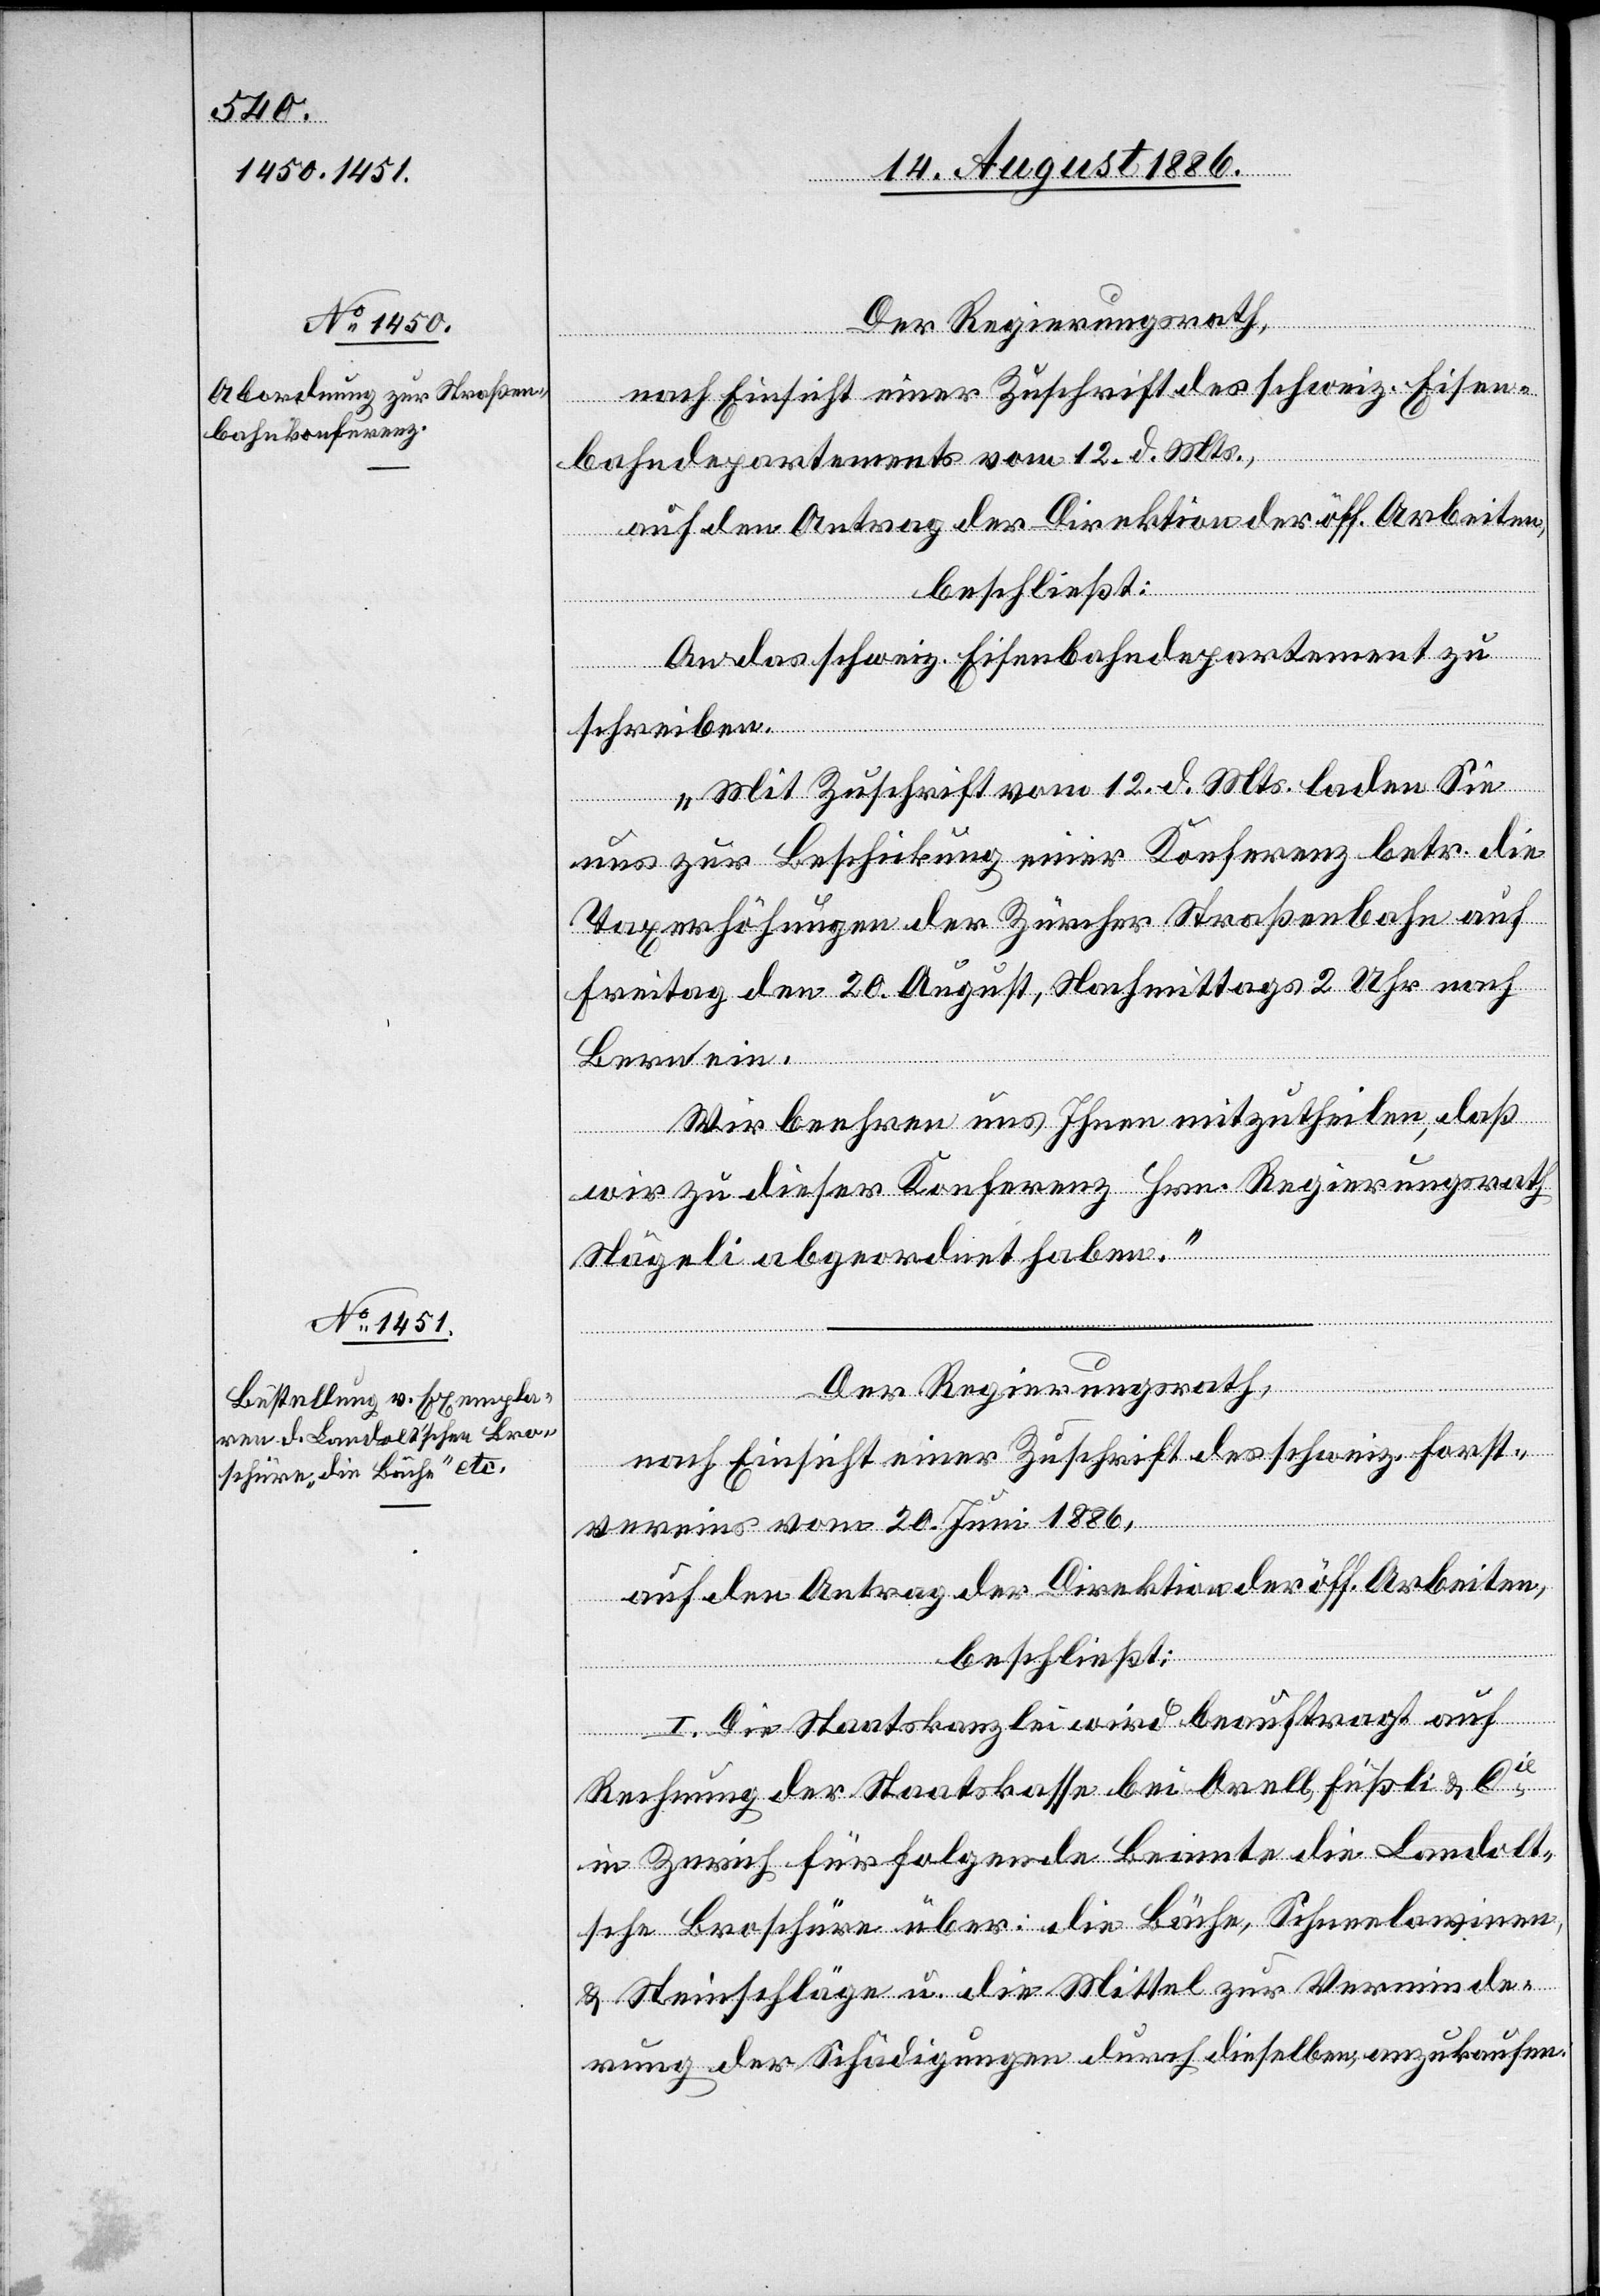
bahndepartements vom 12. d. Mts.,
auf den Antrag der Direktion der öff. Arbeiten,
beschließt:
An das schweiz. Eisenbahndepartement zu
schreiben:
„Mit Zuschrift vom 12. d. Mts. laden Sie
uns zur Beschickung einer Konferenz betr. die
Taxerhöhungen der Zürcher Straßenbahn auf
Freitag den 20. August, Nachmittags 2 Uhr nach
Bern ein.
Wir beehren uns Ihnen mitzutheilen, daß
wir zu dieser Konferenz Hrn. Regierungsrath
Nägeli abgeordnet haben.“
Der Regierungsrath,
en¬
nach Einsicht einer Zuschrift des schweiz. Forst¬
vereins vom 20. Juni 1886,
auf den Antrag der Direktion der öff. Arbeiten,
beschließt:
I. Die Staatskanzlei wird beauftragt auf
Rechnung der Staatskasse bei Orell, Füßli & Cie
in Zürich für folgende Beamte die Landolt¬
sche Broschüre über: die Bäche, Schneelawinen,
& Steinschläge u. die Mittel zur Verminde¬
rung der Schädigungen durch dieselben, anzukaufen: